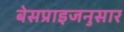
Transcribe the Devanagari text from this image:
बेसप्राइजनुसार